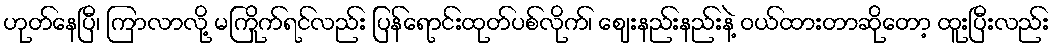
ဟုတ်နေပြီ၊ ကြာလာလို့ မကြိုက်ရင်လည်း ပြန်ရောင်းထုတ်ပစ်လိုက်၊ ဈေးနည်းနည်းနဲ့ ဝယ်ထားတာဆိုတော့ ထူးပြီးလည်း